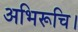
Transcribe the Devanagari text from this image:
अभिरूचि।